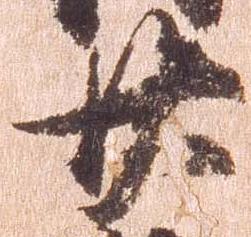
廿